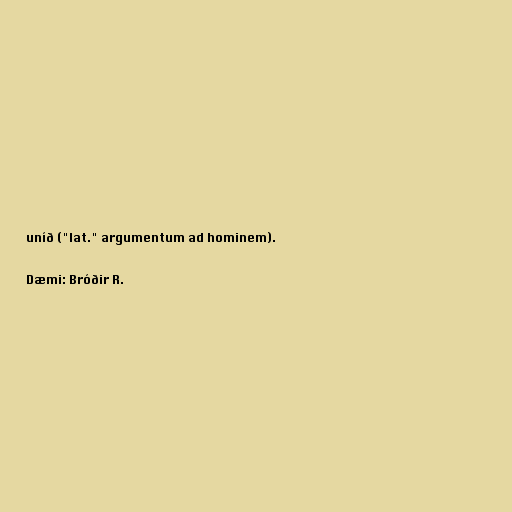
uníð ("lat." argumentum ad hominem).

Dæmi: Bróðir R.